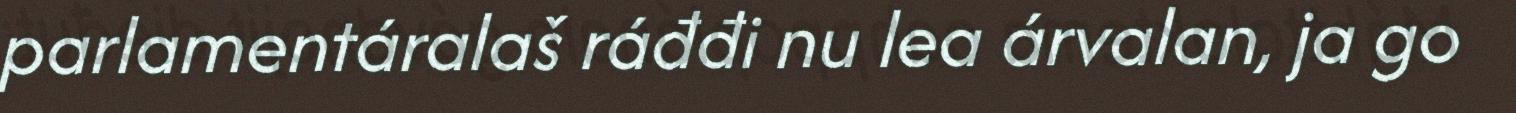
parlamentáralaš ráđđi nu lea árvalan, ja go